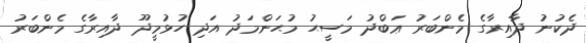
ދެކުނު ދާއިރާގެ މެންބަރު ޢަބްދު މަސީޙު މުޙަންމަދު އަދި ހުޅުމީދޫ ދާއިރާގެ މެންބަރު